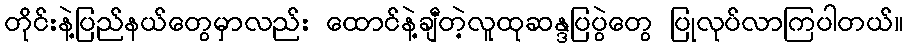
တိုင်းနဲ့ပြည်နယ်တွေမှာလည်း ထောင်နဲ့ချီတဲ့လူထုဆန္ဒပြပွဲတွေ ပြုလုပ်လာကြပါတယ်။